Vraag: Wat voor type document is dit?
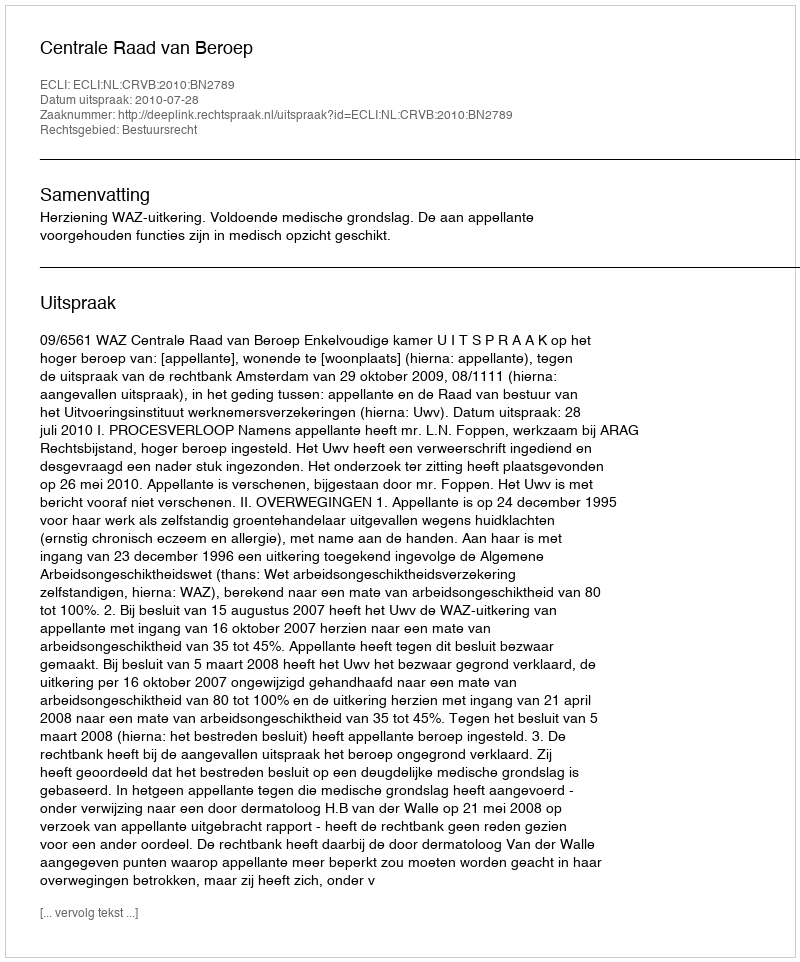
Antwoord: Uitspraak